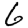
Digit: 6